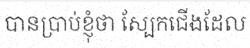
បានប្រាប់ខ្ញុំថា ស្បែកជើងដែល